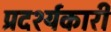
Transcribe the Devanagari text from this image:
प्रदर्श्यकारी